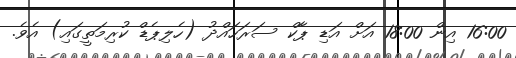
16:00 އިން 18:00 އަށް އަޑި ޕާކް ސަރަހައްދު (ހެލިޕެޑް ކުރިމަތީގައި) އެވެ.